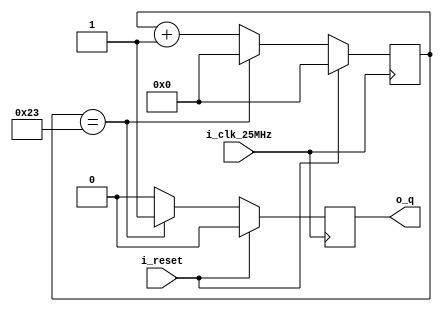
// Copyright (c) 2017-2018 Roland Coeurjoly
// This program is GPL Licensed. See LICENSE for the full license.

module timer_1us(
		             input wire i_clk_25MHz,
		             input wire i_reset, //synchronous reset
                 output reg o_q
		             );

   parameter PERIOD = 1;
   localparam CLK_FREQ = 36; //36 MHz clock
`ifdef FORMAL
   localparam MAX = 2;
`else
   localparam MAX = (PERIOD * CLK_FREQ) - 1;
`endif

   reg [31:0]               count;

   initial begin
      o_q = 0;
      count = 0;
   end

   always @(posedge i_clk_25MHz) begin
	    if (i_reset == 1) begin
	       count <= 0;
         o_q <= 0;
      end
	    else if (count == MAX) begin
	       count <= 0;
         o_q <= 1;
      end
	    else begin
	       count <= count + 1;
         o_q <= 0;
	    end
   end // always @ (posedge i_clk_25MHz)
`ifdef FORMAL
   always @(posedge i_clk_25MHz) begin
      assert (count >= 0 && count <= MAX);
      cover (0 <= count <= MAX );
      // Liveness properties: the output reaches 0 and 1
      cover (o_q == 0);
      cover (o_q == 1);

      // This assertion checks that whenever i_reset is high, in the next clock cycle, the count should be reset to 0.
      assert property (i_reset |-> ##1 count == 0);
      // This assertion verifies that o_q gets set to high (1) only when the count reaches its maximum value (MAX).
      // We also use a disable clause. See also Figure 3.2 in https://yosyshq.readthedocs.io/projects/ap109/en/latest/index.html
      // Note that in our design, i_reset is active high, in contrast to rstn in YoysysHQ documentation where is Active low
      assert property (disable iff (i_reset) count == MAX |-> ##1 o_q);
      // This assertion ensures that o_q remains low (0) when count has not yet reached MAX.
      assert property (disable iff (i_reset) count != MAX |-> ##1 !o_q);
      // o_q is deasserted in the next cycle after being high: This assertion confirms that once o_q goes high, it should return to low (0) in the next clock cycle
      assert property (o_q |-> ##1 !o_q);
      // This assertion checks that if the timer is not reset and count is not at MAX, then count should increase by 1 in the next cycle.
      // Note we use past function, documented in https://yosyshq.readthedocs.io/projects/ap109/en/latest/index.html#the-past-function
      assert property ((!i_reset && count < MAX) |-> ##1 count == $past(count) + 1);
   end
`endif
endmodule